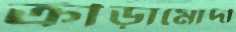
ক্রীড়ামোদী